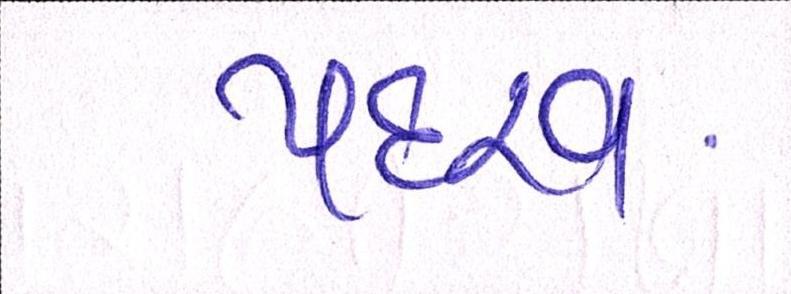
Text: પદરવ